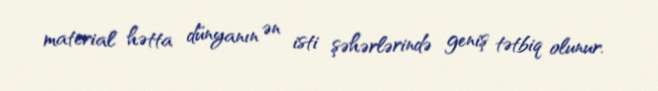
material hətta dünyanın ən isti şəhərlərində geniş tətbiq olunur.